Peeter_Aleksander_Speek, lk 13
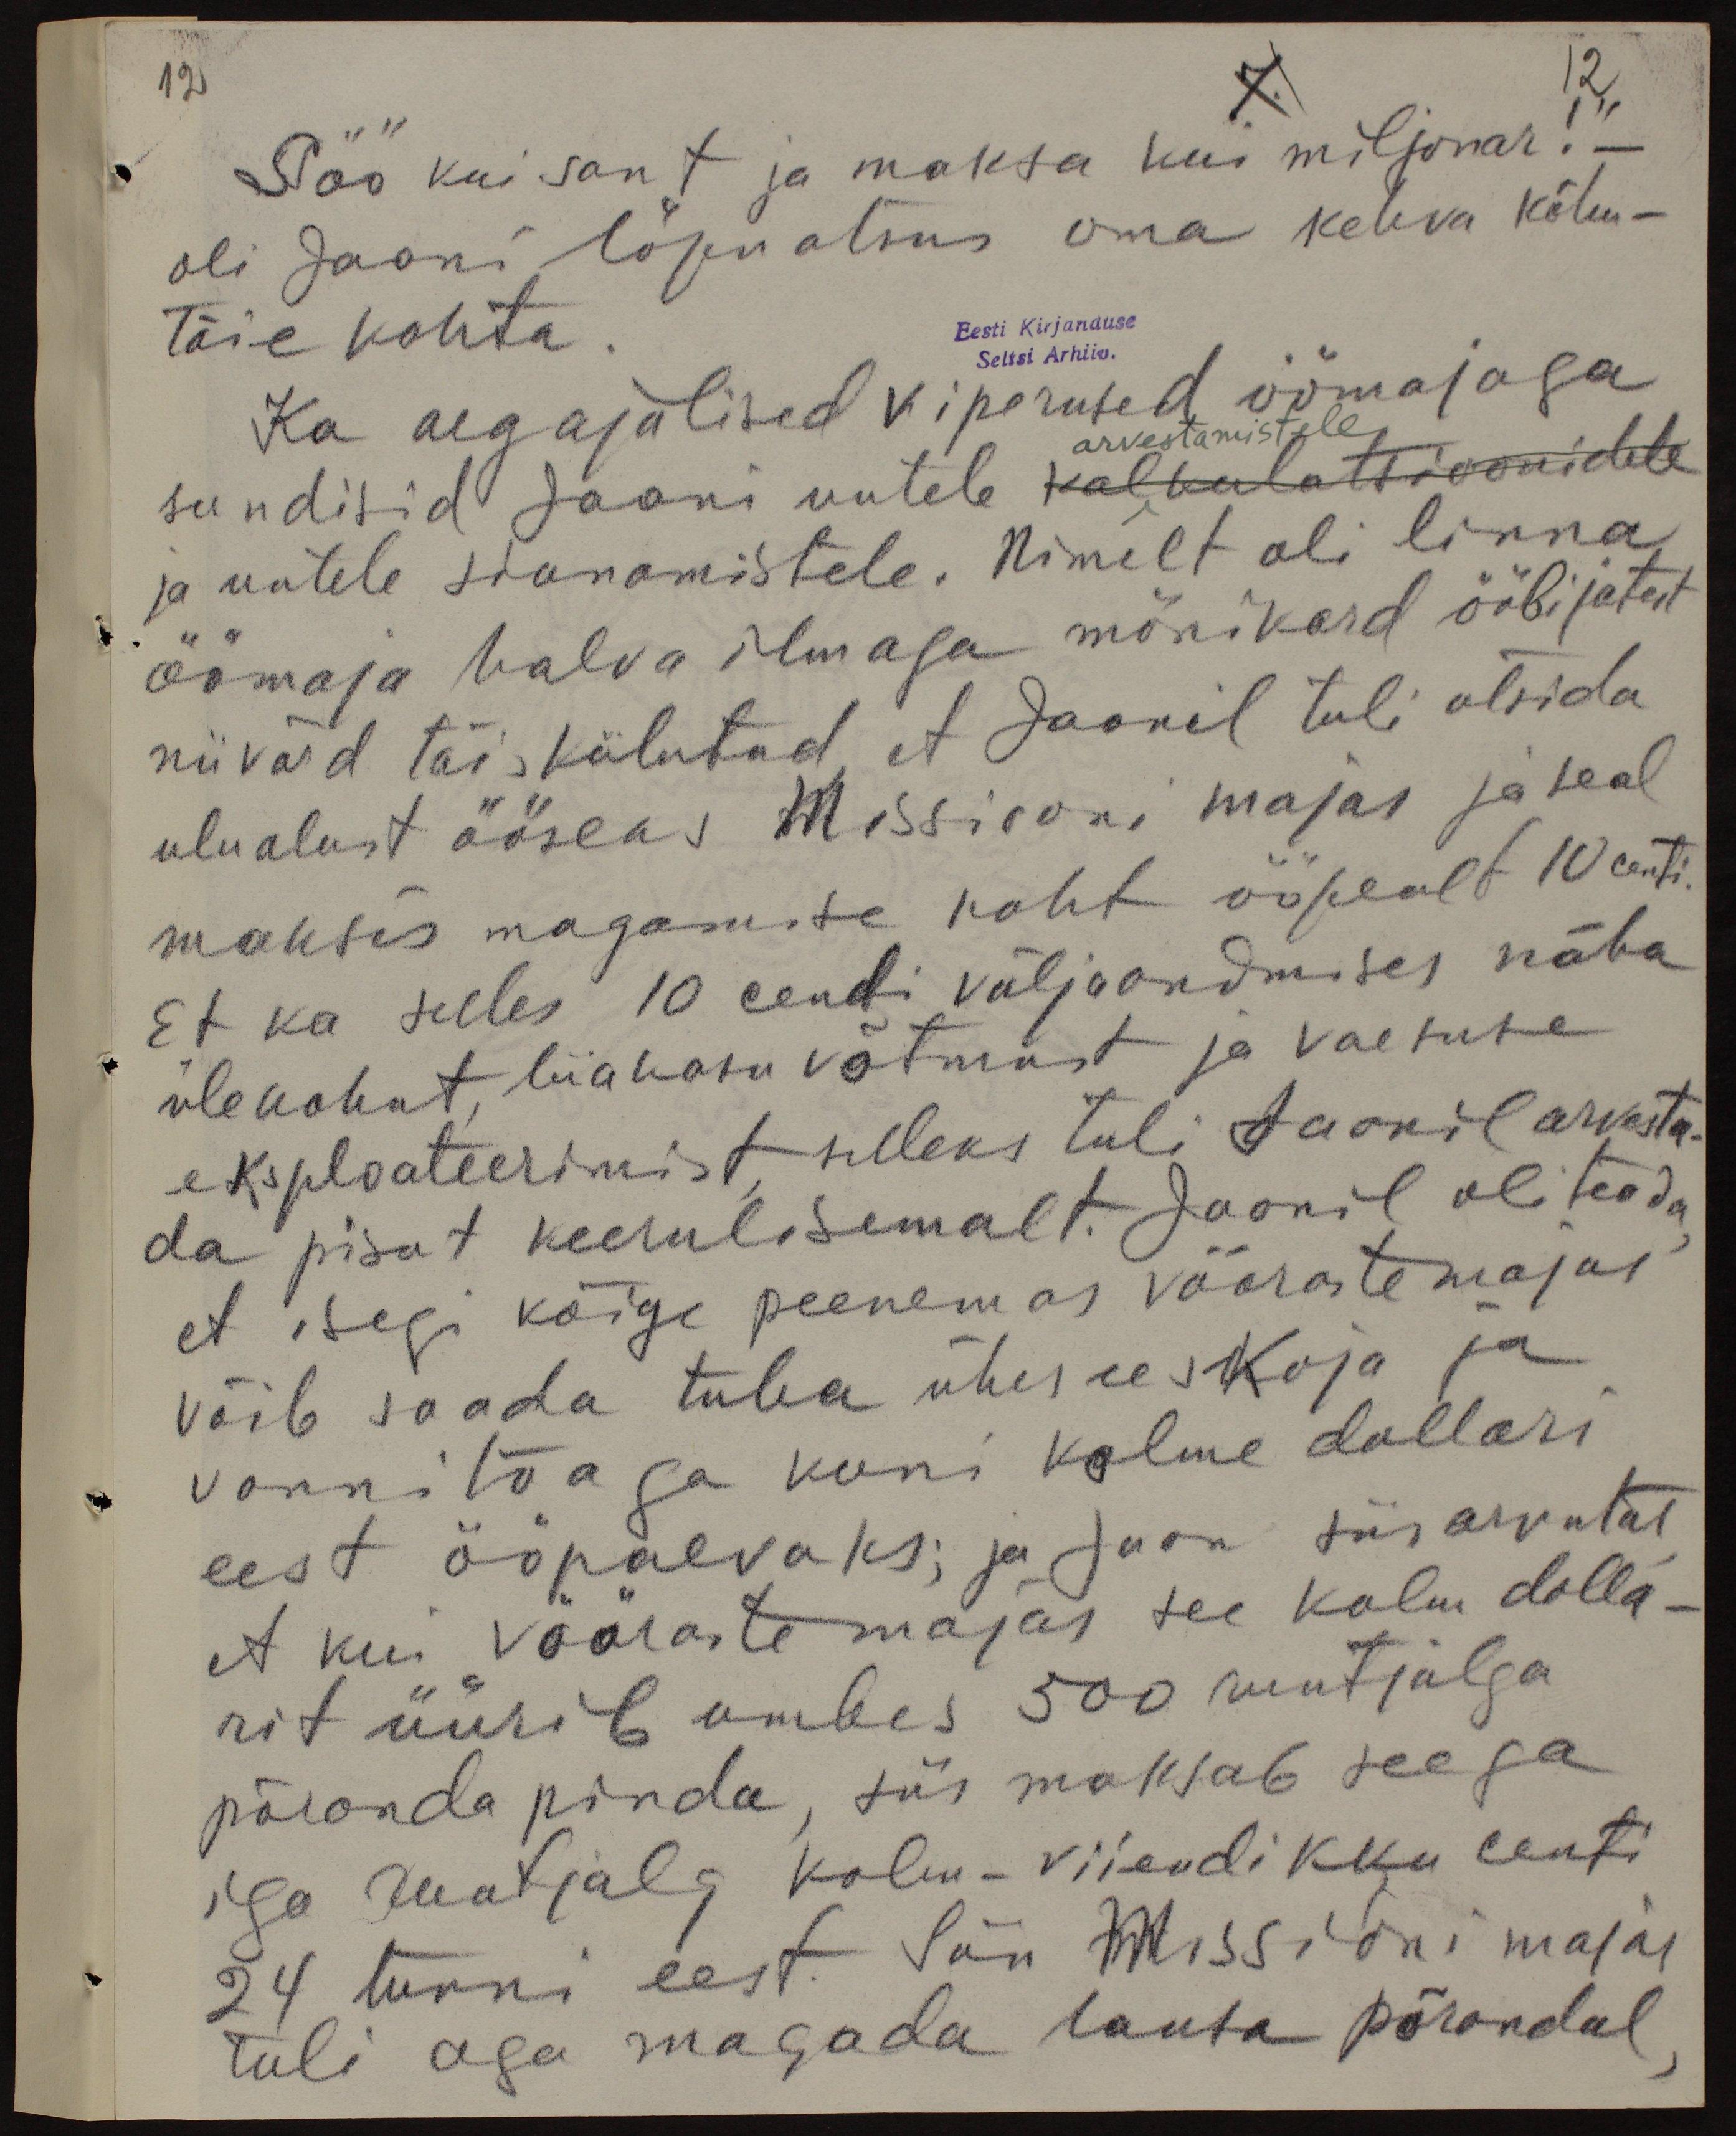
12

12

7.
"Söö kui sant ja maksa kui miljonär!" -
oli Jaani lõpuotsus oma kehva kõhu-
täie kohta.
Eesti Kirjanduse
Seltsi Arhiiv.
Ka aegajalised viperused öömajaga
sundisid Jaani uutele kalkulatsioonidele
arvestamistele
ja uutele siunamistele. Nimelt oli linna
öömaja halva ilmaga mõnikord ööbijatest
niivõrd täis külvatud, et Jaanil tuli otsida
ulualust ööseks Missiooni majas ja seal
maksis magamise koht öö pealt 10 senti.
Et ka selles 10 sendi väljaandmises näha
ülekohut, liiakasu võtmist ja vaesuse
eksploateerimist, selleks tuli Jaanil arvesta-
da pisut keerulisemalt. Jaanil oli teada,
et isegi kõige peenemas võõrastemajas.
võib saada tuba ühes eeskoja ja
vannitoaga ja kuni kolme dollari
eest ööpäevaks; ja Jaan siis arvutas,
et kui võõraste majas see kolm dolla-
rit üürib umbes 500 ruutjalga
põranda pinda, siis maksab seega
iga ruutjalg kolm-viiendikku renti
24 tunni eest. Siin Missioni majas
tuli aga magada lauta põrandal,